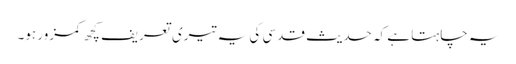
یہ چاہتا ہے کہ حدیث قدسی کی یہ تیری تعریف کچھ کمزور ہو۔